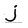
Character: j